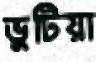
ভুটিয়া